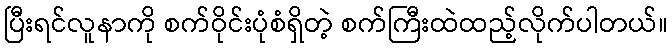
ပြီးရင်လူနာကို စက်ဝိုင်းပုံစံရှိတဲ့ စက်ကြီးထဲထည့်လိုက်ပါတယ်။